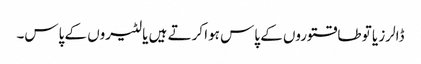
ڈالرز یا تو طاقتوروں کے پاس ہوا کرتے ہیں یا لٹیروں کے پاس۔